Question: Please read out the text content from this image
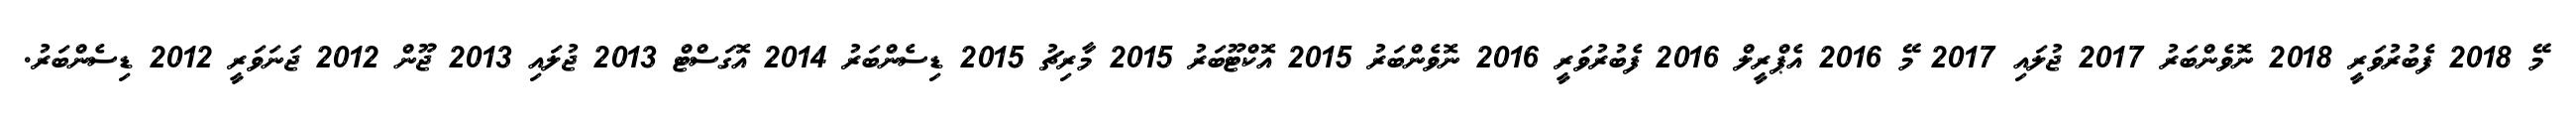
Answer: މޭ 2018 ފެބުރުވަރީ 2018 ނޮވެންބަރު 2017 ޖުލައި 2017 މޭ 2016 އެޕްރީލް 2016 ފެބުރުވަރީ 2016 ނޮވެންބަރު 2015 އޮކްޓޫބަރު 2015 މާރިޗު 2015 ޑިސެންބަރު 2014 އޮގަސްޓް 2013 ޖުލައި 2013 ޖޫން 2012 ޖަނަވަރީ 2012 ޑިސެންބަރު.